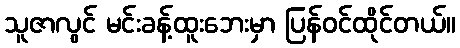
သူဇာလွင် မင်းခန့်ထူးဘေးမှာ ပြန်ဝင်ထိုင်တယ်။